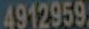
4912959